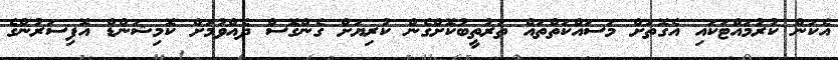
އެކަން ކުރުމައްޓަކައި އެގޮތަށް މަސައްކަތްތައް ތަރުތީބުކޮށްގެން ކުރިޔަށް ގެންގޮސް ދެއްވުމަށް ކޮމިޝަންޑް އޮފިސަރުންގެ